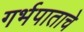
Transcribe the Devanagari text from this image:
गर्भपाताचे